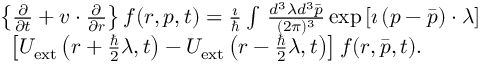
\begin{array} { r l } & { \left\{ \frac { \partial } { \partial { t } } + \boldsymbol { v } \cdot \frac { \partial } { \partial \boldsymbol { r } } \right\} f ( \boldsymbol { r } , \boldsymbol { p } , t ) = \frac { \imath } { \hbar } \int \, \frac { d ^ { 3 } \lambda { d } ^ { 3 } \bar { p } } { ( 2 \pi ) ^ { 3 } } \exp { \left[ \imath \left( \boldsymbol { p } - \boldsymbol { \bar { p } } \right) \cdot \boldsymbol { \lambda } \right] } } \\ & { \, \, \, \left[ U _ { \mathrm { e x t } } \left( \boldsymbol { r } + \frac { \hbar } { 2 } \boldsymbol { \lambda } , t \right) - U _ { \mathrm { e x t } } \left( \boldsymbol { r } - \frac { \hbar } { 2 } \boldsymbol { \lambda } , t \right) \right] f ( \boldsymbol { r } , \boldsymbol { \bar { p } } , t ) . } \end{array}